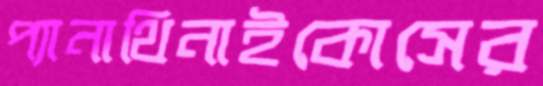
প্যানাথিনাইকোসের